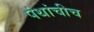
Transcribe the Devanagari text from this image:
पंथांचीच